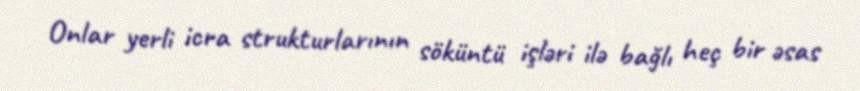
Onlar yerli icra strukturlarının söküntü işləri ilə bağlı heç bir əsas